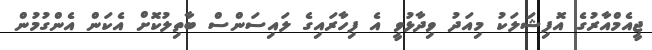
ޖީއެމްއާރުގެ އޮފިޝަލަކު މިއަދު ވިދާޅުވީ އެ ފިހާރައިގެ ލައިސަންސް ބާތިލުކޮށް އެކަން އެންގުމުން